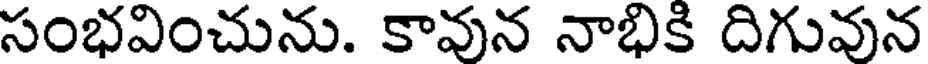
సంభవించును. కావున నాభికి దిగువున